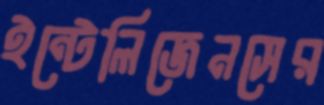
ইন্টেলিজেনসের